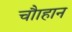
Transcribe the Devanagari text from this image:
चौाहान